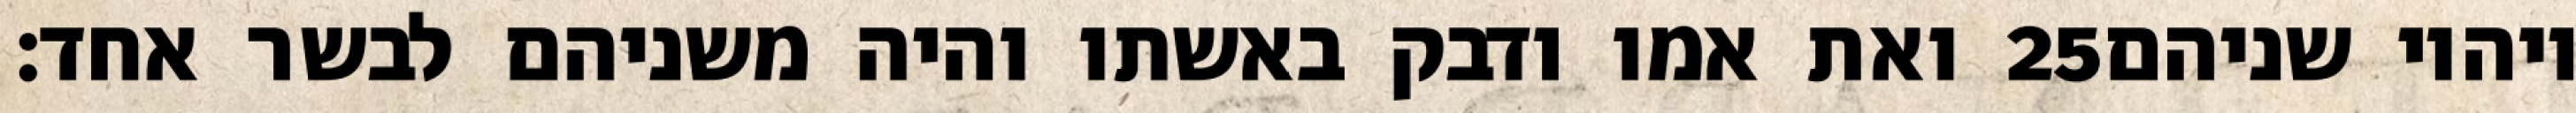
ואת אמו ודבק באשתו והיה משניהם לבשר אחד׃ ‎25‏ ויהיו שניהם